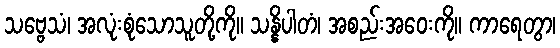
သဗ္ဗေသံ၊ အလုံးစုံသောသူတို့ကို။ သန္နိပါတံ၊ အစည်းအဝေးကို။ ကာရေတွာ၊